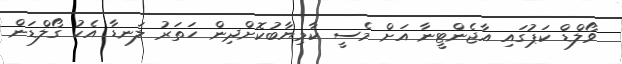
ވޯލްޑް ކަޕުގައި އާޖެންޓީނާ އަށް މެސީ ކާމިޔާބުކޮށްދިން ހަތަރު ލަނޑާ އެކު ގޯލްޑަން